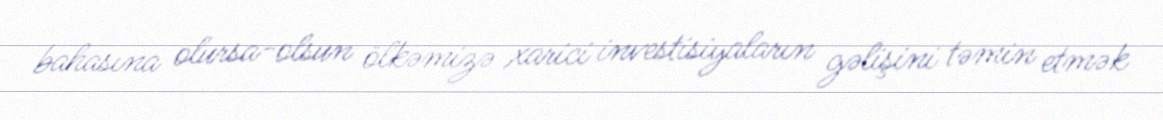
bahasına olursa-olsun ölkəmizə xarici investisiyaların gəlişini təmin etmək